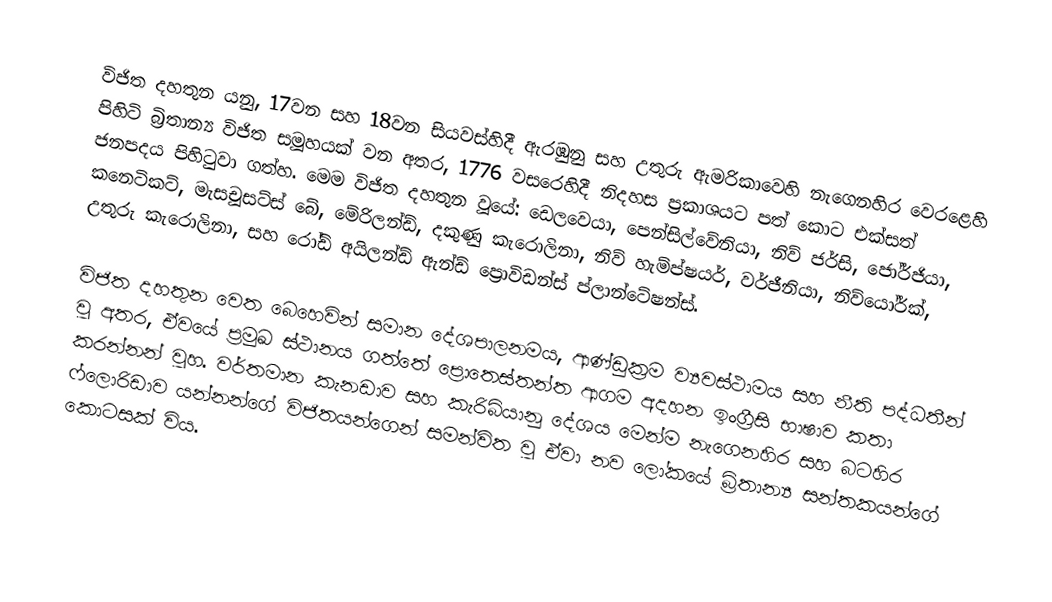
විජිත දහතුන යනු,  17වන සහ 18වන සියවස්හිදී ඇරඹුනු සහ   උතුරු ඇමරිකාවෙහි නැගෙනහිර වෙරළෙහි පිහිටි බ්‍රිතාන්‍ය විජිත සමූහයක් වන අතර, 1776 වසරෙහිදී  නිදහස ප්‍රකාශයට පත් කොට එක්සත් ජනපදය පිහිටුවා ගත්හ. මෙම විජිත දහතුන වූයේ: ඩෙලවෙයා, පෙන්සිල්වේනියා, නිව් ජර්සි, ජෝර්ජියා, කනෙටිකට්,  මැසචූසට්ස් බේ, මේරිලන්ඩ්, දකුණු කැරොලිනා, නිව් හැම්ප්ෂයර්, වර්ජීනියා, නිව්යෝර්ක්, උතුරු කැරොලිනා, සහ  රෝඩ් අයිලන්ඩ් ඇන්ඩ් ප්‍රොවිඩන්ස් ප්ලාන්ටේෂන්ස්.

විජිත දහතුන වෙත බෙහෙවින් සමාන දේශපාලනමය, ආණ්ඩුක්‍රම ව්‍යවස්ථාමය සහ නීති පද්ධතීන් වූ අතර, ඒවයේ ප්‍රමුඛ ස්ථානය ගත්තේ ප්‍රොතෙස්තන්ත ආගම අදහන ඉංග්‍රීසි භාෂාව කතා කරන්නන් වූහ. වර්තමාන  කැනඩාව සහ කැරිබියානු දේශය මෙන්ම නැගෙනහිර සහ බටහිර ෆ්ලොරිඩාව යන්නන්ගේ  විජිතයන්ගෙන් සමන්විත වූ ඒවා නව ලෝකයේ බ්‍රිතාන්‍ය සන්තකයන්ගේ කොටසක් විය.